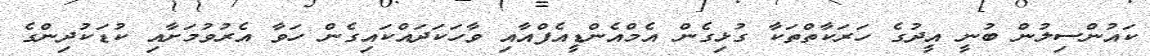
ކައުންސިލުން ބުނީ އީދުގެ ހަރަކާތްތަކާ ގުޅިގެން އެމްއެންޑީއެފްއާއި ވާހަކަދައްކައިގެން ހަވާ އެރުވުމަށާއި ކުޑަކުދިންގެ